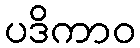
ပဒိကာဝ